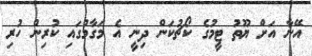
އޭނާ އަށް ޔޫތު ޓީމުގެ ކޯޗުކަން ދިނީ އެ މަގާމުގައި ކުރިން ހުރި